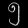
Digit: ၅